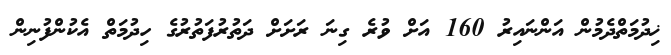
ޚިދުމަތްދެމުން އަންނައިރު 160 އަށް ވުރެ ގިނަ ރަށަށް ދަތުރުފަތުރުގެ ހިދުމަތް އެކުންފުނިން